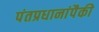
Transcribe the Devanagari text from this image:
पंतप्रधानांपैकी